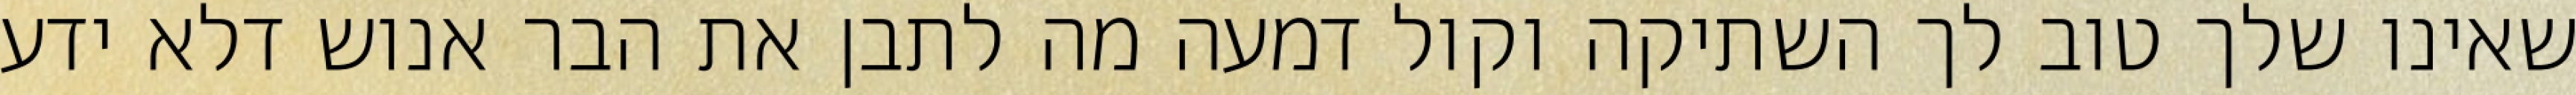
שאינו שלך טוב לך השתיקה וקול דמעה מה לתבן את הבר אנוש דלא ידע